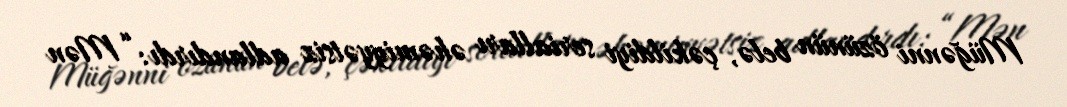
Müğənni özünün belə, çəkildiyi serialları əhəmiyyətsiz adlandırdı: “Mən